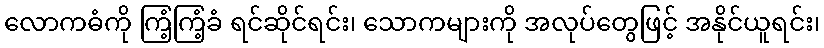
လောကဓံကို ကြံ့ကြံ့ခံ ရင်ဆိုင်ရင်း၊ သောကများကို အလုပ်တွေဖြင့် အနိုင်ယူရင်း၊